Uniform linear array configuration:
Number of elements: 48
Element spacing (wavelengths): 0.5
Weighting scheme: kaiser
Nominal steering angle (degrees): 0
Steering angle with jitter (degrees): -0.824
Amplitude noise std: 0.05
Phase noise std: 0.05

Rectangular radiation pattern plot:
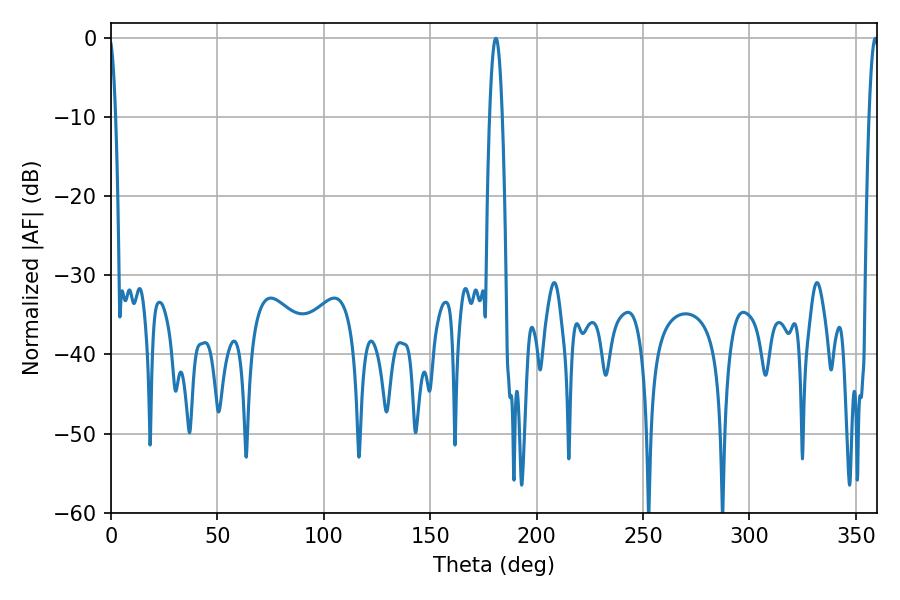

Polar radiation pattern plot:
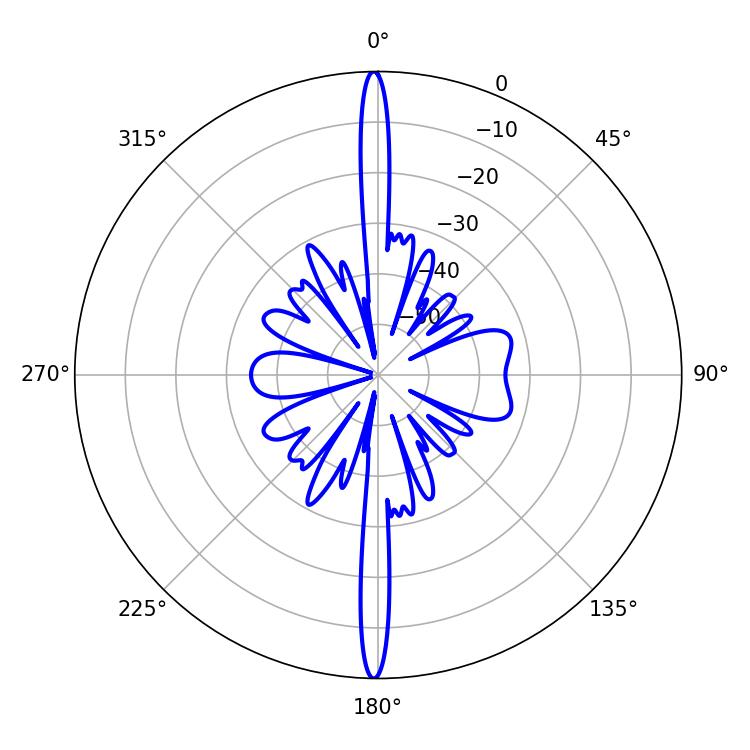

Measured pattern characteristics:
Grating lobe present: FALSE
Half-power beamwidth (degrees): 2.52
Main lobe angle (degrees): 359.1